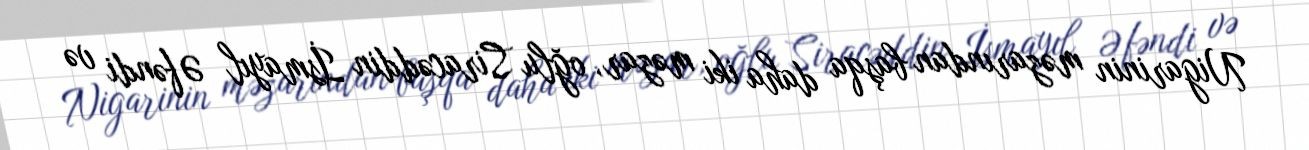
Nigarinin məzarından başqa daha iki məzar, oğlu Siracəddin İsmayıl Əfəndi və